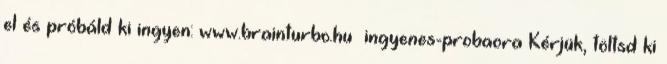
el és próbáld ki ingyen: www.brainturbo.hu ingyenes-probaora Kérjük, töltsd ki